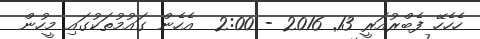
ހެހެހޭ ފެބްރުއަރީ 13